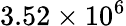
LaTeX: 3.52\times 10^{6}